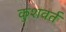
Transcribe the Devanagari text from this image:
कुशवर्त